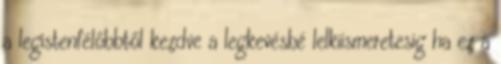
a legistenfélőbbtől kezdve a legkevésbé lelkiismeretesig ha ez a